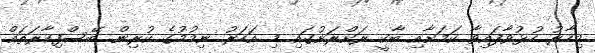
މިހާރު ހުޅުވާފައިވާ ކަމަށާއި ބާކީ ރަށްރަށުގައި މި އަހަރު ނިމުމުގެ ކުރިން ބޭސްފިހާރަތައް